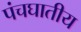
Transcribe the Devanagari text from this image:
पंचघातीय